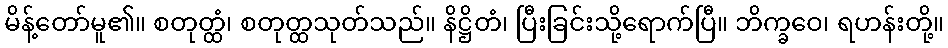
မိန့်တော်မူ၏။ စတုတ္ထံ၊ စတုတ္ထသုတ်သည်။ နိဋ္ဌိတံ၊ ပြီးခြင်းသို့ရောက်ပြီ။ ဘိက္ခဝေ၊ ရဟန်းတို့။